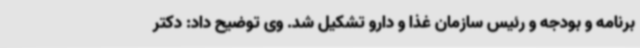
برنامه و بودجه و رئیس سازمان غذا و دارو تشکیل شد. وی توضیح داد: دکتر